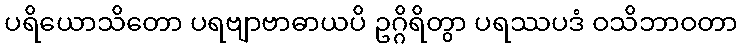
ပရိယောသိတော ပရဗျာဗာဓာယပိ ဥဂ္ဂိရိတွာ ပရဿပဒံ ဝသိဘာဝတာ